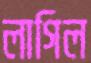
লাগিল